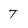
Character: T